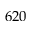
6 2 0